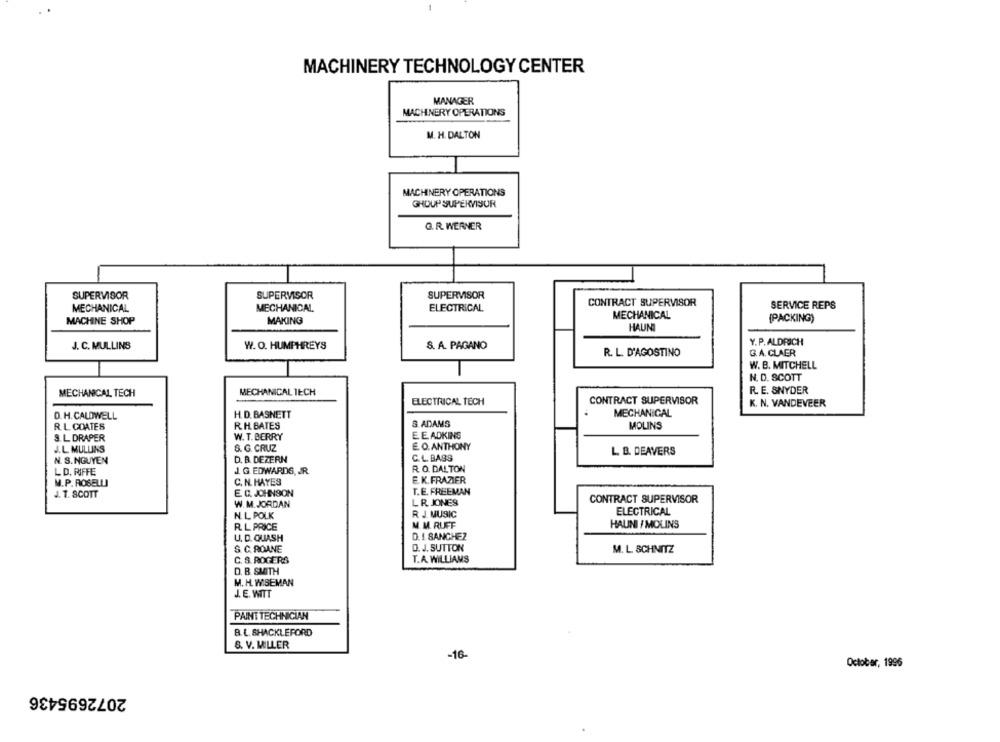
MACHINERY TECHNOLOGY CENTER
MANAGER
MACHENERY OPERATIONS
M. H. DALTON
MACHINERY OPERATIONS
GHOUP SUPERVISUR
G. R. WERNER
SUPERVISOR
SUPERVISOR
SUPERVISOR
CONTRACT SUPERVISOR
SERVICE REPS
MECHANICAL
MECHANICAL
ELECTRICAL
MACHINE SHOP
MAKING
MECHANICAL
(PACKING)
HAUNI
Y. P. ALDRICH
J. C. MULLINS
W. O. HUMPHREYS
S. A. PAGANO
R. L. D'AGOSTINO
G.A. CLAER
W. B. MITCHELL
N. D. SCOTT
MECHANICAL TECH
MECHANICAL TECH
R. E. SNYDER
ELECTRICAL TECH
CONTRACT SUPERVISOR
K. N. VANDEVEER
D. H. CALDWELL
H. D. BASNETT
MECHANICAL
S ADAMS
R. L COATES
R. H. BATES
MOLINS
S. L. DRAPER
W. T. BERRY
E. E. ADKINS
E. O. ANTHONY
J.L. MULLINS
8. G. CRUZ
L. B. DEAVERS
N. S. NGUYEN
D. B. DEZERN
C. L. BASS
R. O. DALTON
LD. RIFFE
J. G. EDWARDS, JR.
M.P. ROSELLI
C. N. HAYES
E. K. FRAZIER
J. T. SCOTT
E. C. JOHNSON
T.E. FREEMAN
W. M. JORDAN
LR JONES
CONTRACT SUPERVISOR
R J. MUSIC
ELECTRICAL
N. L. POLK
R. L PRICE
M. M. RUFF
HAUNI / MOLINS
U. D. QUASH
D. I SANCHEZ
S. C. ROANE
D. J. SUTTON
M. L. SCHNITZ
C. S. ROGERS
T.A. WILLIAMS
D. B. SMITH
M. H. WISEMAN
J. E. WITT
PAINT TECHNICIAN
B.L. SHACKLEFORD
8. V. MILLER
-16-
October, 1996
2072695436